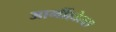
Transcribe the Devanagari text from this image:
आर्नीहोल्स